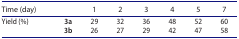
| <COLSPAN=2> Time (day) | 1 | 2 | 3 | 4 | 5 | 7 |
 | --- | --- | --- | --- | --- | --- | --- | --- |
 | Yield (%) | 3a | 29 | 32 | 36 | 48 | 52 | 60 |
 |  | 3b | 26 | 27 | 29 | 42 | 47 | 58 |